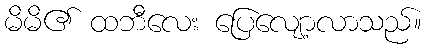
မိမိ၏ ထဘီလေး ပြေလျော့လာသည်။